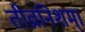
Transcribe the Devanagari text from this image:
तीव्रानिशम्।